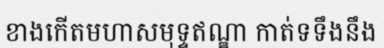
ខាងកើតមហាសមុទ្ទឥណ្ឌា កាត់ទទឹងនឹង